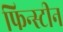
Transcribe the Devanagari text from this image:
फिन्स्टीन